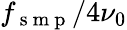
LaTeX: f_{\mathrm{~s~m~p~}}/4\nu_{0}